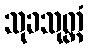
သုခသုတ္တံ